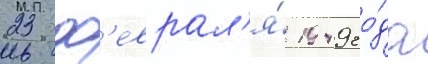
23 ф'еврал'я́ 1949 го́да